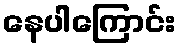
နေပါကြောင်း